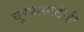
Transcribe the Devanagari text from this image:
धुण्यासाठीही